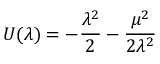
U ( \lambda ) = - \frac { \lambda ^ { 2 } } { 2 } - \frac { \mu ^ { 2 } } { 2 \lambda ^ { 2 } }